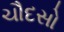
ચૌદસો